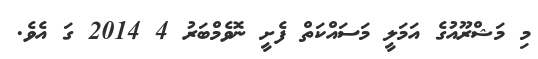
މި މަޝްރޫއުގެ އަމަލީ މަސައްކަތް ފެށީ ނޮވެމްބަރު 4 2014 ގަ އެވެ.